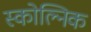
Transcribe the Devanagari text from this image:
स्कोल्निक